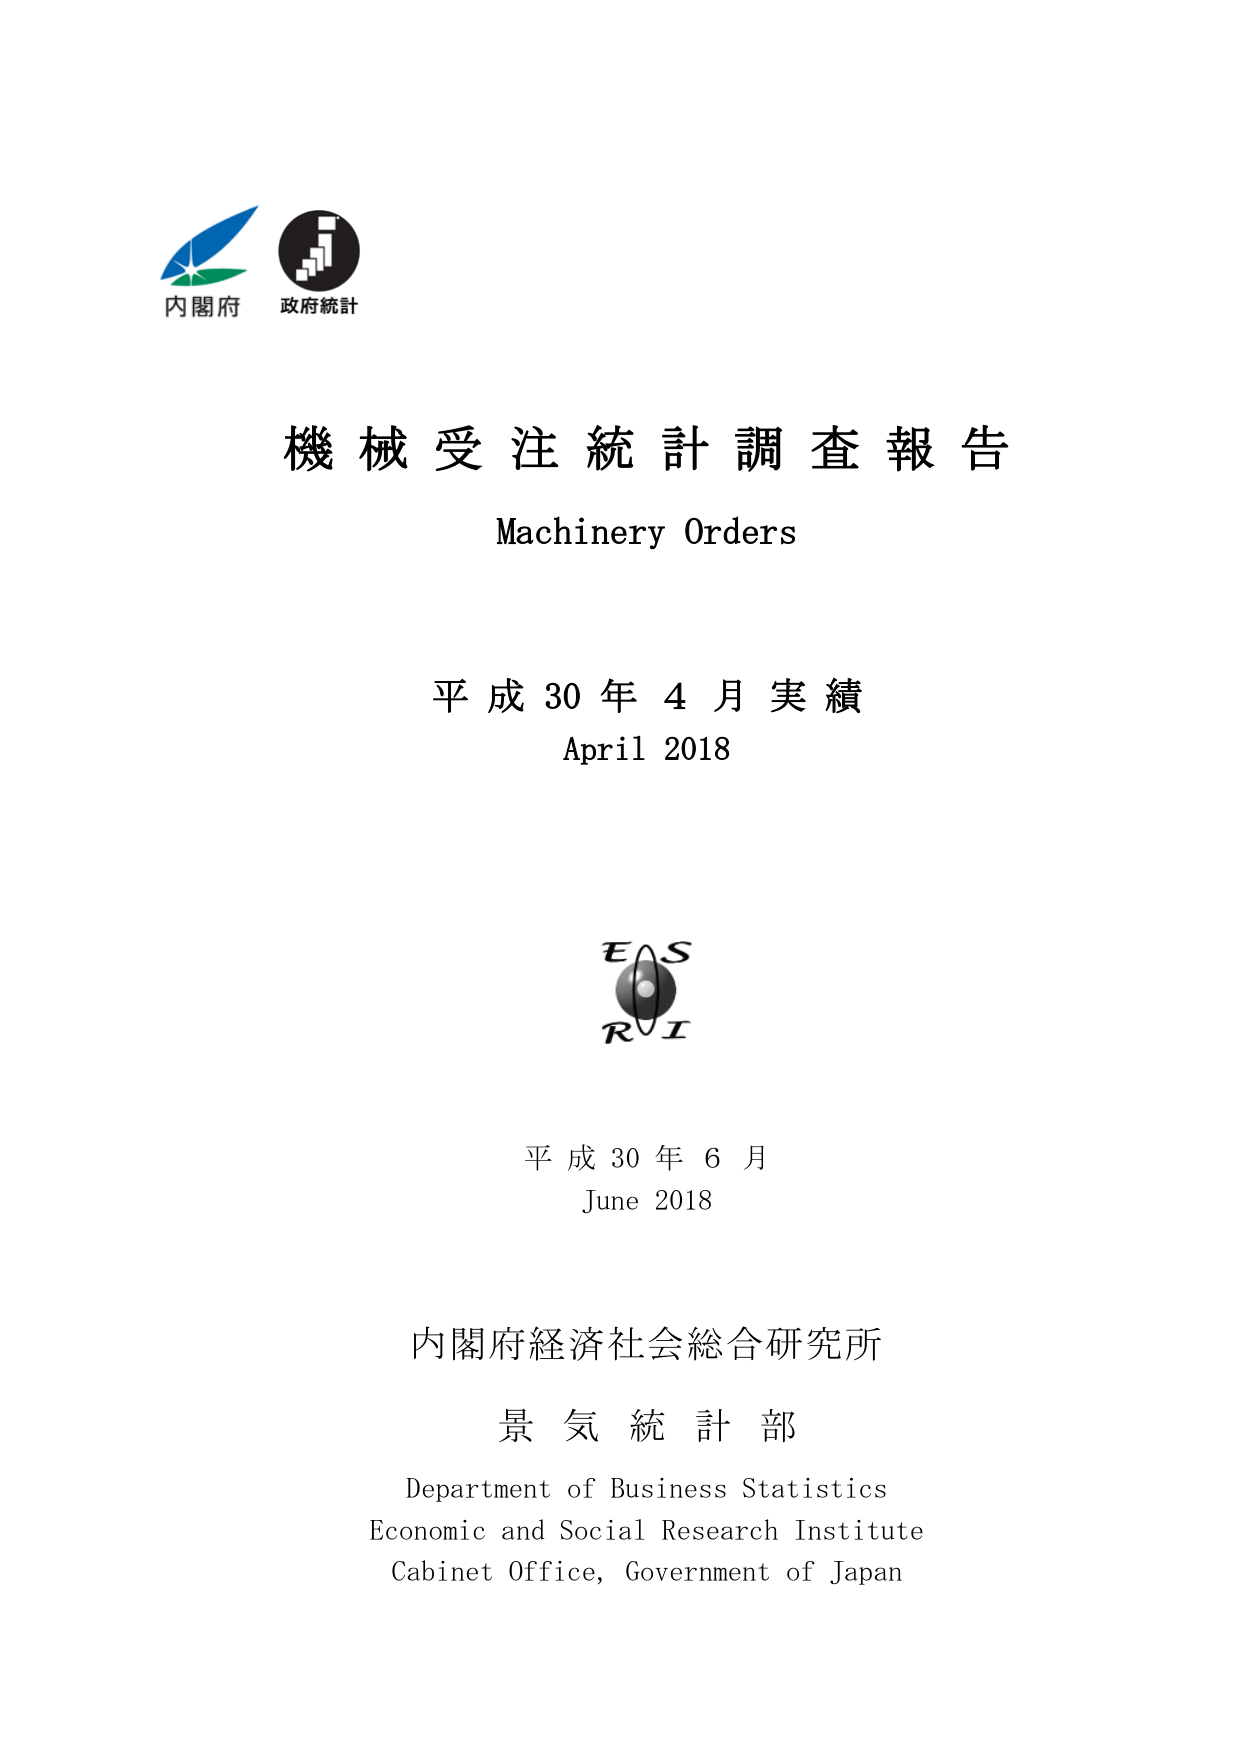
内閣府
政府統計

機械受注統計調査報告
Machinery Orders

平成30年4月実績
April 2018

EAS
RI

平成30年6月
June 2018

内閣府経済社会総合研究所
景気統計部
Department of Business Statistics
Economic and Social Research Institute
Cabinet Office, Government of Japan